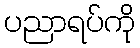
ပညာရပ်ကို